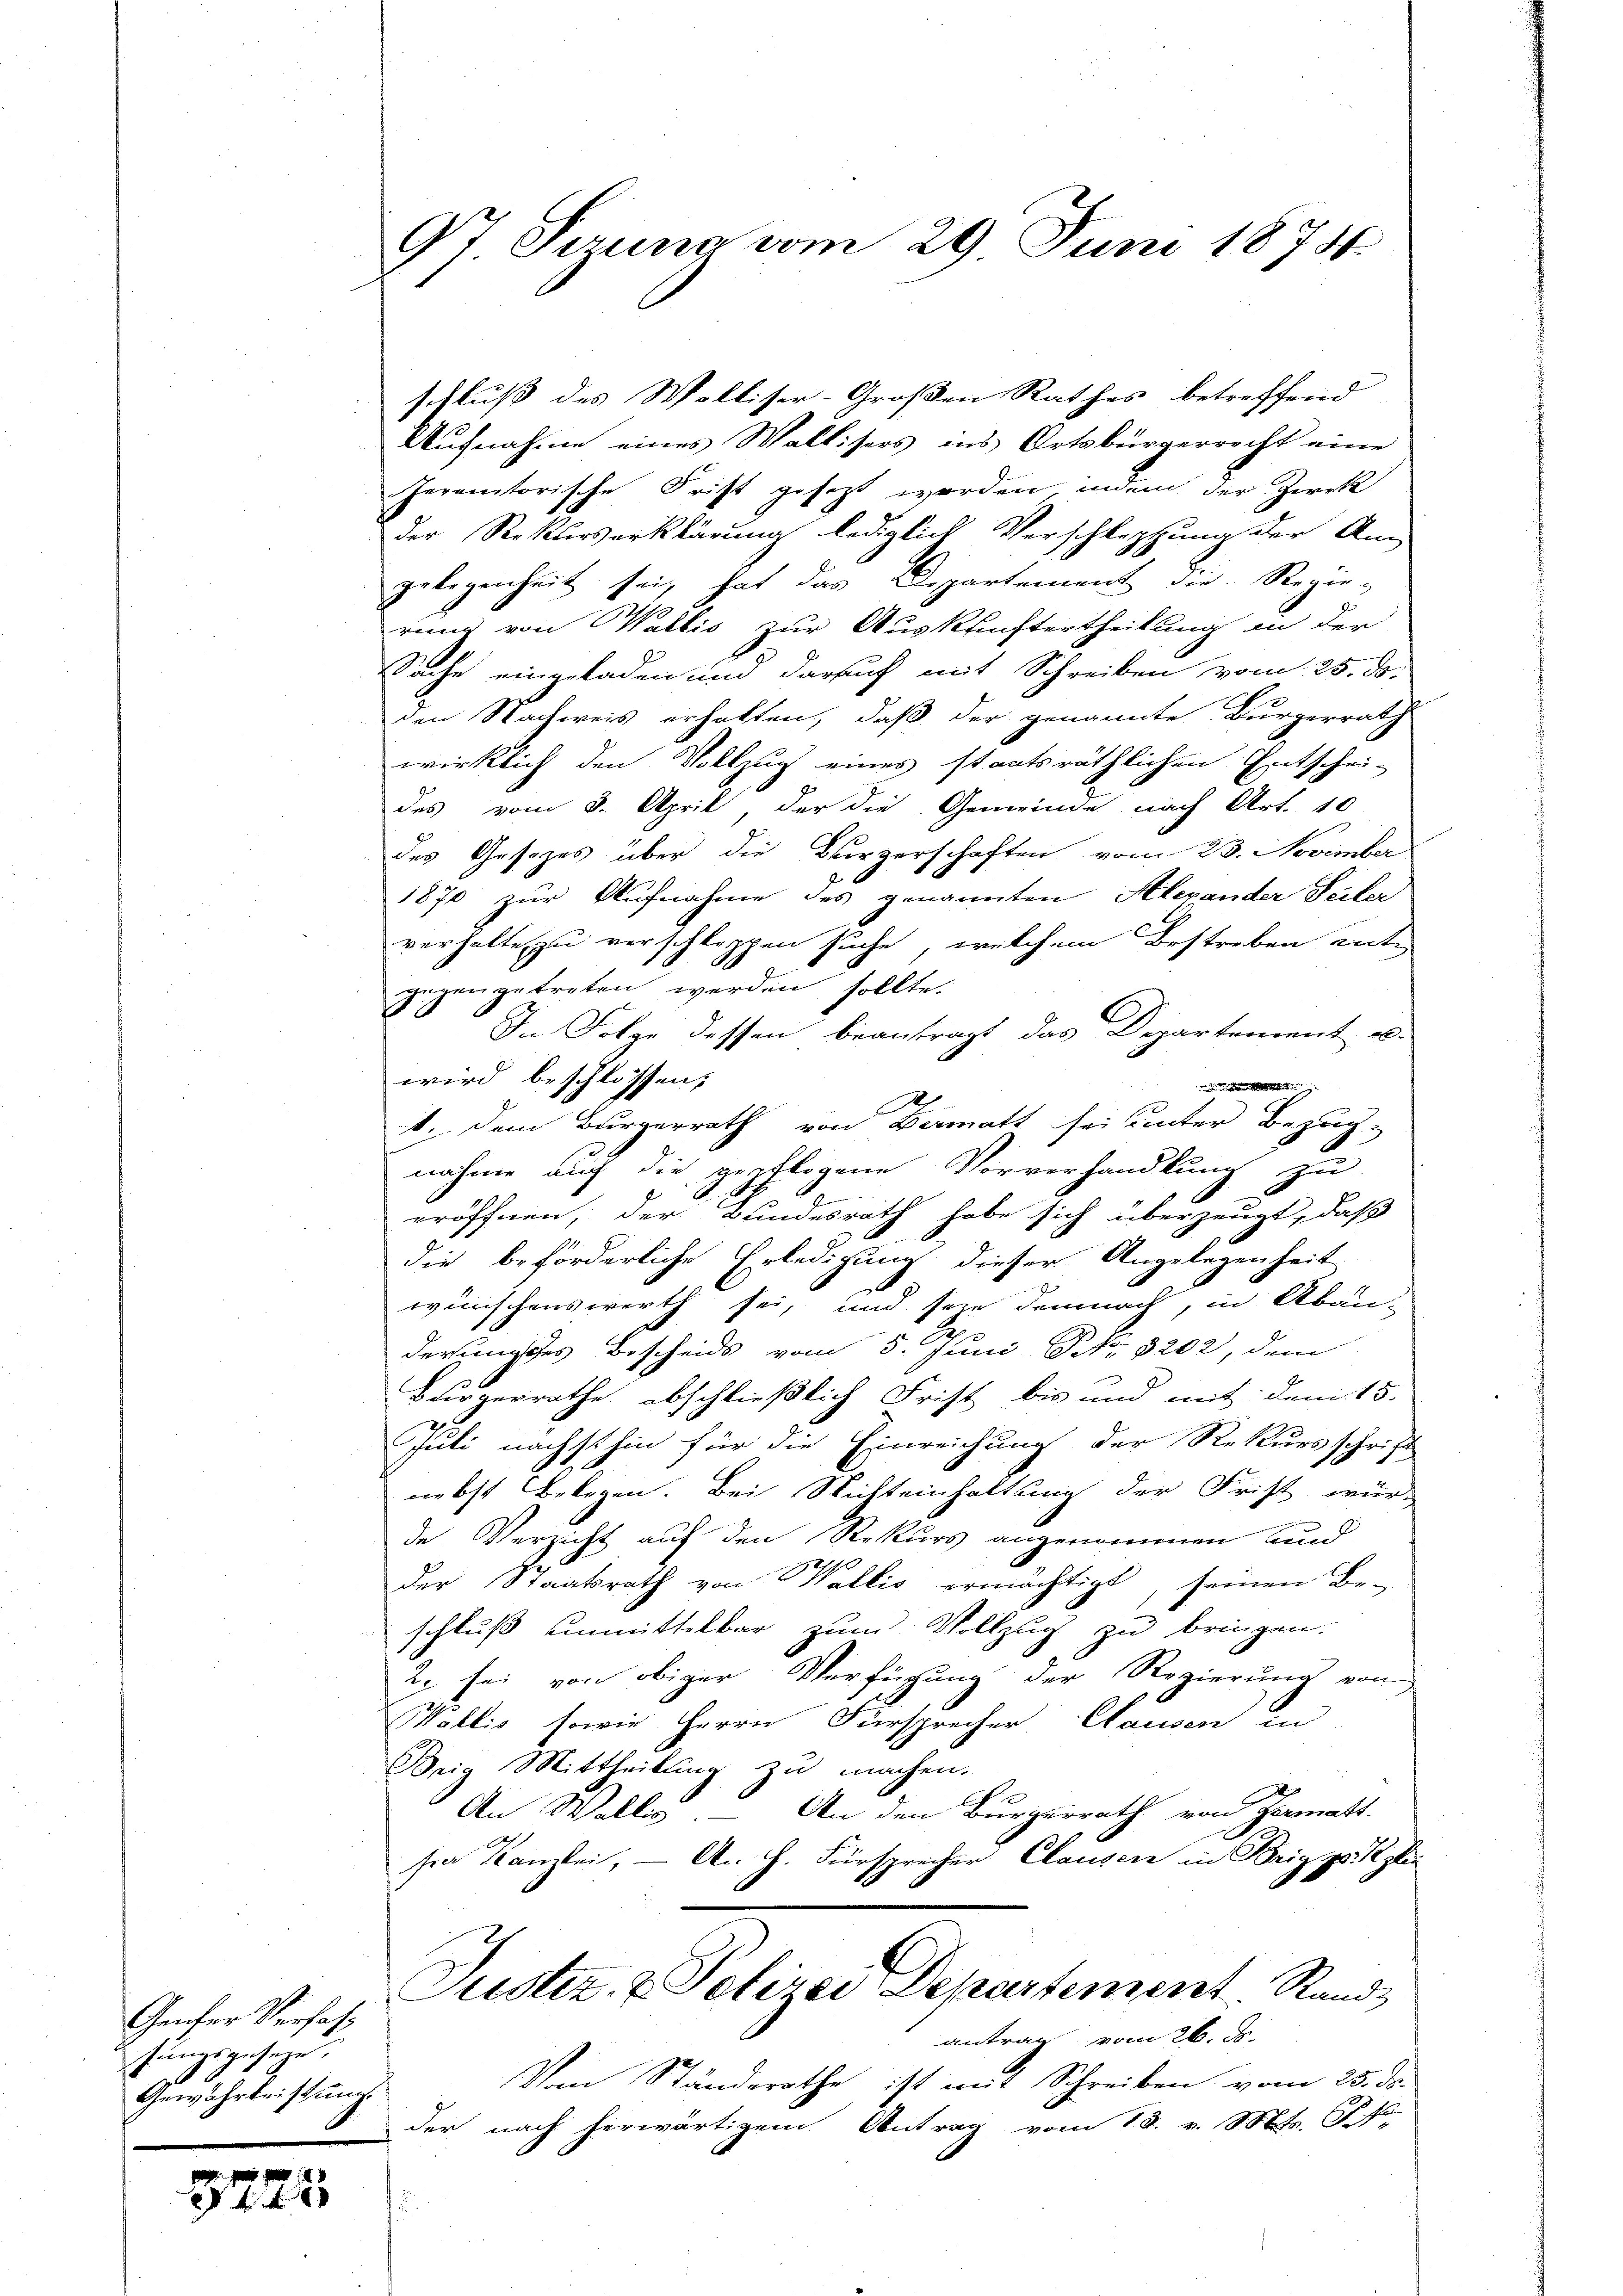
Genfer Verfaß
fungsgeseze,
Gewährteistung

148
4 xx

9t Serena vom 29. Juni 1874.

schluß des Wolliser-Großen Rathes betreffend
Aufnahme eines Wallisers ins Ortsbürgerrecht eine
Jeremtorische Frist gesetzt werden, indem der Zerek
der Reklasserklärung lediglich Verschleppung der An-
gelegenheit sei, hat das Departement der Regierung von Wallis zur Auskunftertheilung in der
Sache eingeladen und darauf mit Schreiben vom 25. ds.
den Nachweis erhalten, daß der genannte Bürgerrath
wirklich den Vollzug eines staatsräthlichen Entschei-
des vom 8. April der die Gemeinde nach Art. 10
des Gesetzes über die Bürgerschaften vom 23. November
1870 zur Aufnahme des genannten Alexander Seiter
verhalte zu verschleppen suche, welchem Bestreben entgegen getreten werden sollte.
In Folge dessen beantragt das Departement u.
wird beschlossen;
.
1. dem Bürgerrath von Vermatt sei unter Bezug,
nahme auch die gepflogene Vorverhandlung zu
e
eröffnen, der Bundesrath habe sich überzeugt, daß
die beförderliche Erledigung dieser Angelegenheit
wünschenswerth sei, und seze demnach, in Aban-
x
derungsses Bescheids vom 5. Juni NNo. 3202, dem
Bürgerrathe abschließlich Frist bis und mit dem 15.
Juli nächsthin für die Einreichung der Rekursschrift
nebst Belegen. Bei Nichteinhaltung der Frist wür-
de Verzicht auf den Rekurs angenommen und
der Staatsrath von Wallis ermächtigt, seinen Be-
schluß unmittelbar zum Vollzug zu bringen.
2. sei von obiger Verfügung der Regierung von
Wallis sowie Herrn Fürsprecher Hausen in
Brig Mittheilung zu machen.
An Waller. An den Burgerrath von Hermatt.
sra Kanzlei, — A. H. Fürsprecher Clausern in Brig pr. glei
Justiz- & Polizei Departement Rand
antrag vom 26. ds.
Von Ständerathe ist mit Schreiben vom 25. ds.
der nach herwärtigem Antrag vom 18. v. M.
u